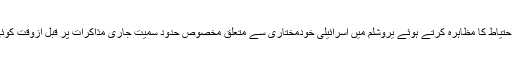
صدر نے کمال احتیاط کا مظاہرہ کرتے ہوئے یروشلم میں اسرائیلی خودمختاری سے متعلق مخصوص حدود سمیت جاری مذاکرات پر قبل ازوقت کوئی فیصلہ نہیں لیا۔